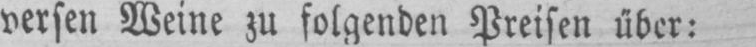
versen Weine zu folgenden Preisen über: